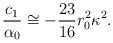
LaTeX: \begin{align*}\frac{c_1}{\alpha_0} \cong - \frac{23}{16}r_0^2\kappa^2.\end{align*}